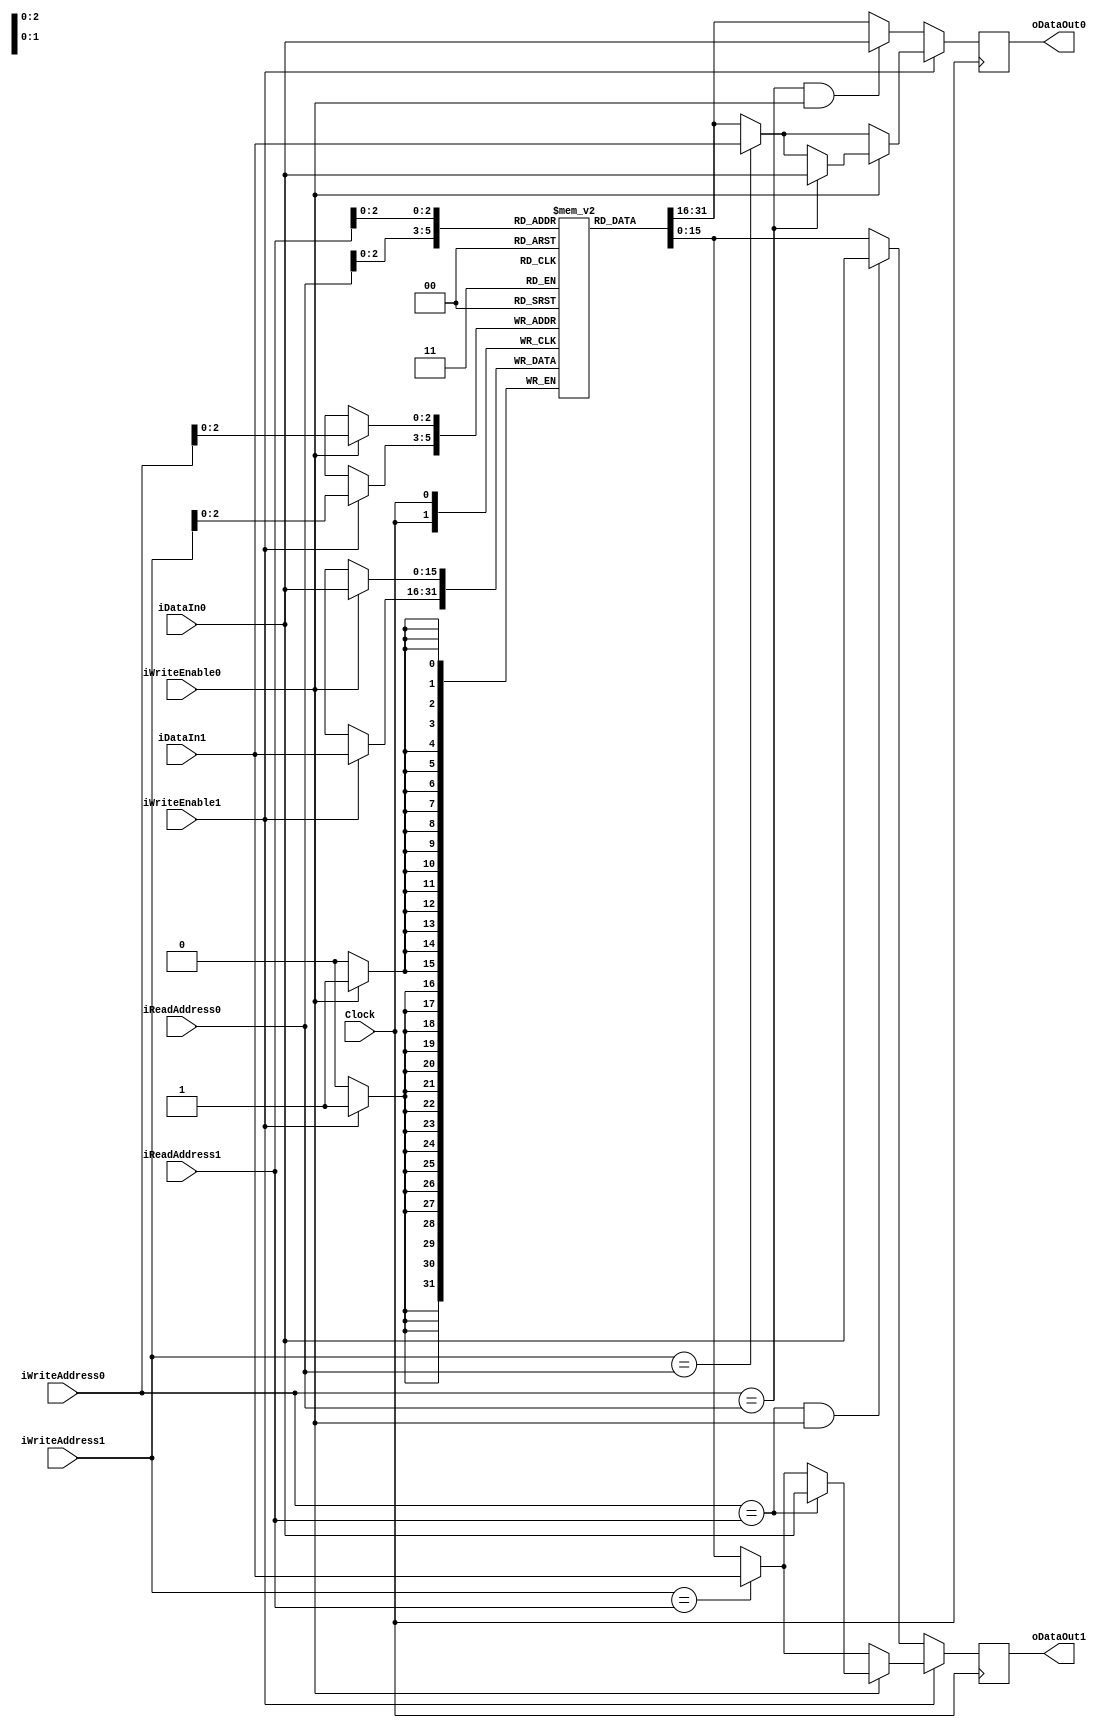
`timescale 1ns / 1ps

module RAM_DUAL_RW_PORT # ( parameter DATA_WIDTH= 16, parameter ADDR_WIDTH=8, parameter MEM_SIZE=8 )
(
	input wire						Clock,
	input wire						iWriteEnable0,
	input wire						iWriteEnable1,
	input wire [ADDR_WIDTH-1:0]	iReadAddress0,
	input wire [ADDR_WIDTH-1:0]	iReadAddress1,
	input wire [ADDR_WIDTH-1:0]	iWriteAddress0,
	input wire [ADDR_WIDTH-1:0]	iWriteAddress1,
	input wire [DATA_WIDTH-1:0]	iDataIn0,
	input wire [DATA_WIDTH-1:0]	iDataIn1,
	output reg [DATA_WIDTH-1:0] 	oDataOut0,
	output reg [DATA_WIDTH-1:0] 	oDataOut1
);

reg [DATA_WIDTH-1:0] Ram [MEM_SIZE-1:0];		

always @(posedge Clock) 
begin 
	///////////////////////////////////////////////////////////////////////////////////////////////////
	//////// FIX for PIPELINE
	//In case we try to read the value we are being told to write, give that value back
	// Else, just give the data stored
	if(! iWriteEnable1)
		begin
			oDataOut0 <=  ((iWriteAddress0 == iReadAddress0) && iWriteEnable0) ? iDataIn0 : Ram[iReadAddress0]; 
			oDataOut1 <=  ((iWriteAddress0 == iReadAddress1) && iWriteEnable0) ? iDataIn0 : Ram[iReadAddress1]; 
		end
	else 
		begin
			if (iWriteEnable0) 
				begin
					oDataOut0 <=  (iWriteAddress0 == iReadAddress0) ? iDataIn0 : ((iWriteAddress1 == iReadAddress0) ? iDataIn1: Ram[iReadAddress0]); 
					oDataOut1 <=  (iWriteAddress0 == iReadAddress1) ? iDataIn0 : ((iWriteAddress1 == iReadAddress1) ? iDataIn1: Ram[iReadAddress1]); 
				end
			else 
				///// Case where you only write in Address1
				begin
					oDataOut0 <=  (iWriteAddress1 == iReadAddress0) ? iDataIn1 : Ram[iReadAddress0]; 
					oDataOut1 <=  (iWriteAddress1 == iReadAddress1)  ? iDataIn1 : Ram[iReadAddress1]; 
				end
		end
	///////////////////////////////////////////////////////////////////////////////////////////////////
	if (iWriteEnable0) 
		Ram[iWriteAddress0] <=  iDataIn0;

	if (iWriteEnable1) 
		Ram[iWriteAddress1] <=  iDataIn1; 
		
end 
endmodule